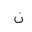
Letter: _non